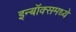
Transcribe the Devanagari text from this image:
इन्बॉक्समध्ये